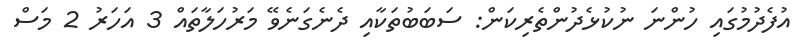
އުފެދުމުގައި ހުންނަ ނުކުޅެދުންތެރިކަން: ސަބަބުތަކާއި ދެނެގަނެވޭ މަރުހަލާތައް 3 އަހަރު 2 މަސް